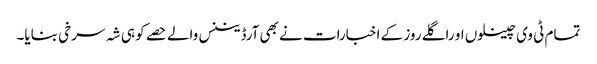
تمام ٹی وی چینلوں او راگلے روز کے اخبارات نے بھی آرڈیننس والے حصے کو ہی شہ سرخی بنایا۔